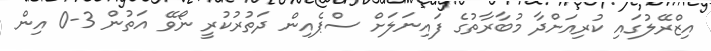
އިޒްރޭލުގައި ކުރިއަށްދާ މުބާރާތުގެ ފައިނަލަށް ސްޕެއިން ދަތުރުކުރީ ނޯވޭ އަތުން 3-0 އިން